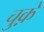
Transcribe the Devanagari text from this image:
चुक़े